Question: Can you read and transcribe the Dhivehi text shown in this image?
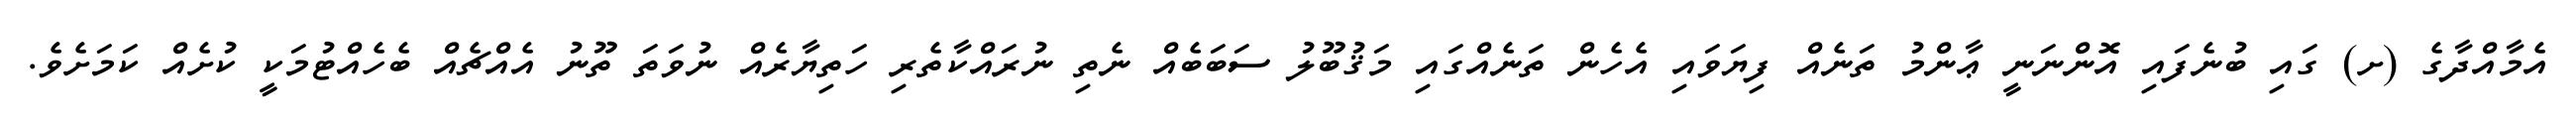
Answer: އެމާއްދާގެ (ށ) ގައި ބުނެފައި އޮންނަނީ ޢާންމު ތަނެއް ފިޔަވައި އެހެން ތަނެއްގައި މަޤުބޫލު ސަބަބެއް ނެތި ނުރައްކާތެރި ހަތިޔާރެއް ނުވަތަ ތޫނު އެއްޗެއް ބެހެއްޓުމަކީ ކުށެއް ކަމަށެވެ.